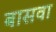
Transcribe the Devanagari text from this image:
बासवा